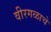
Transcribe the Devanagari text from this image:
वीरगळाचे